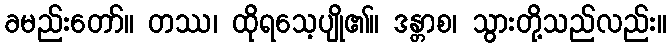
ခမည်းတော်။ တဿ၊ ထိုရသေ့ပျို၏။ ဒန္တာစ၊ သွားတို့သည်လည်း။